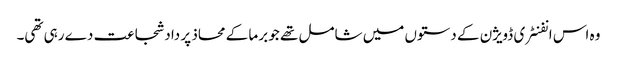
وہ اس انفنٹری ڈویژن کے دستوں میں شامل تھے جو برما کے محاذ پر داد شجاعت دے رہی تھی۔